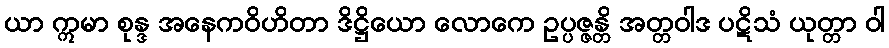
ယာ ဣမာ စုန္ဒ အနေကဝိဟိတာ ဒိဋ္ဌိယော လောကေ ဥပ္ပဇ္ဇန္တိ အတ္တဝါဒ ပဋိသံ ယုတ္တာ ဝါ